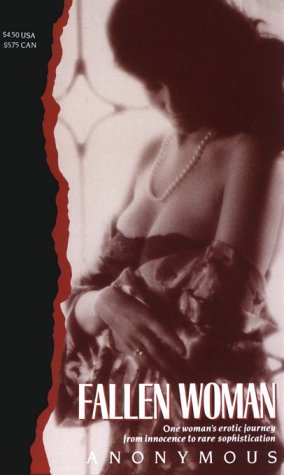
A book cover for Fallen Woman (Victorian erotic classics); Anonymous; Romance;